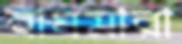
বাঘমারা